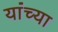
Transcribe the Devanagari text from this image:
यांंच्या